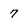
Character: 7